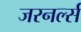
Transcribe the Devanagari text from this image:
जरनर्ल्स